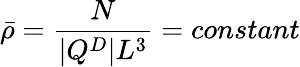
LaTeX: \bar{\rho}=\frac{N}{|Q^{D}|L^{3}}=constant